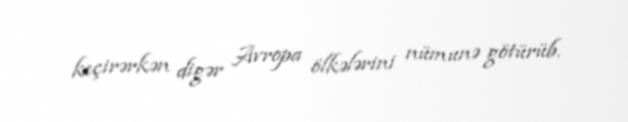
keçirərkən digər Avropa ölkələrini nümunə götürüb.